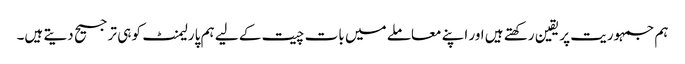
ہم جمہوریت پر یقین رکھتے ہیں اور اپنے معاملے میں بات چیت کے لیے ہم پارلیمنٹ کو ہی ترجیح دیتے ہیں۔